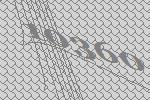
10360